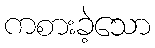
ကစားခဲ့သော